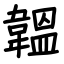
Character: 韞